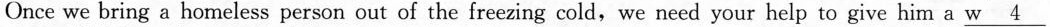
Once we bring a homeless person out of the freezing cold,we need your help to give him a \underline{w 4}